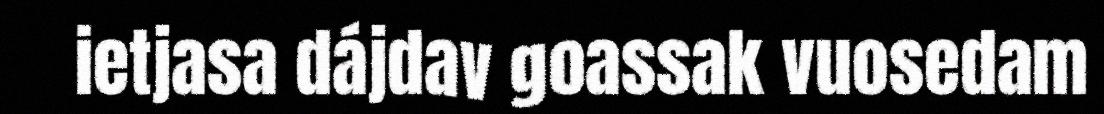
ietjasa dájdav goassak vuosedam